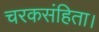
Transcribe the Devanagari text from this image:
चरकसंहिता।